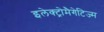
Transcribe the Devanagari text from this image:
इलेक्ट्रोमैगेटिज्म